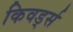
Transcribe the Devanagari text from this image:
किवर्ड्स